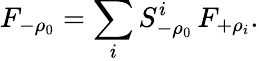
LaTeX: F_{-\rho_{0}}=\sum_{i}S_{-\rho_{0}}^{i}\, F_{+\rho_{i}}.